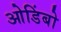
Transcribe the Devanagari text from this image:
ओडिंबो